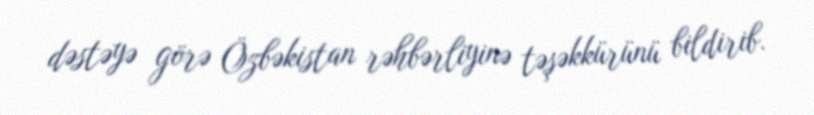
dəstəyə görə Özbəkistan rəhbərliyinə təşəkkürünü bildirib.